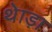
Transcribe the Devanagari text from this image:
थेाड़ा